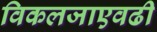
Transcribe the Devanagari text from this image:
विकलजाएवढी